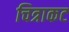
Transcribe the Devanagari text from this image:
चित्राकट